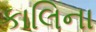
કાલિના